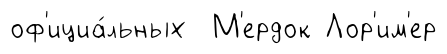
оф'ициа́льных М'ердок Лор'им'ер